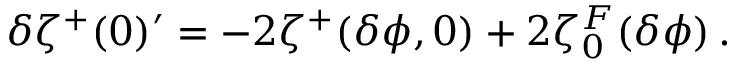
\delta \zeta ^ { + } ( 0 ) ^ { \prime } = - 2 \zeta ^ { + } ( \delta \phi , 0 ) + 2 \zeta _ { 0 } ^ { F } ( \delta \phi ) \, .